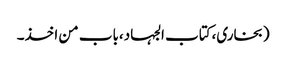
(بخاری،کتاب الجہاد،باب من اخذ۔